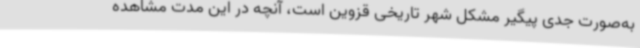
به‌صورت جدی پیگیر مشکل شهر تاریخی قزوین است، آنچه در این مدت مشاهده